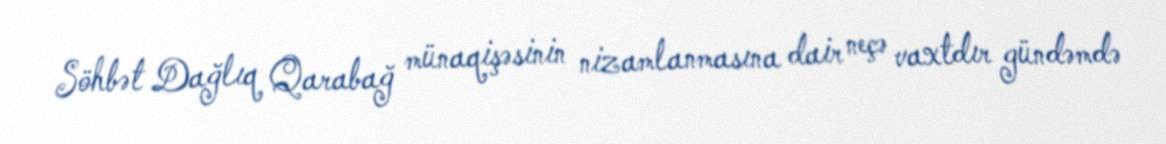
Söhbət Dağlıq Qarabağ münaqişəsinin nizamlanmasına dair neçə vaxtdır gündəmdə